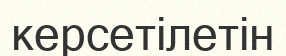
керсетілетін